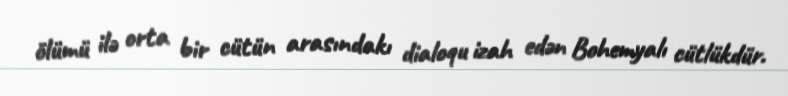
ölümü ilə orta bir cütün arasındakı dialoqu izah edən Bohemyalı cütlükdür.